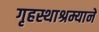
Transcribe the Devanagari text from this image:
गृहस्थाश्रम्याने